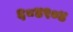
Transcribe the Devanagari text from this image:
६८४९०४